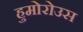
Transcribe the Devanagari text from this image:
हुमोरोउस